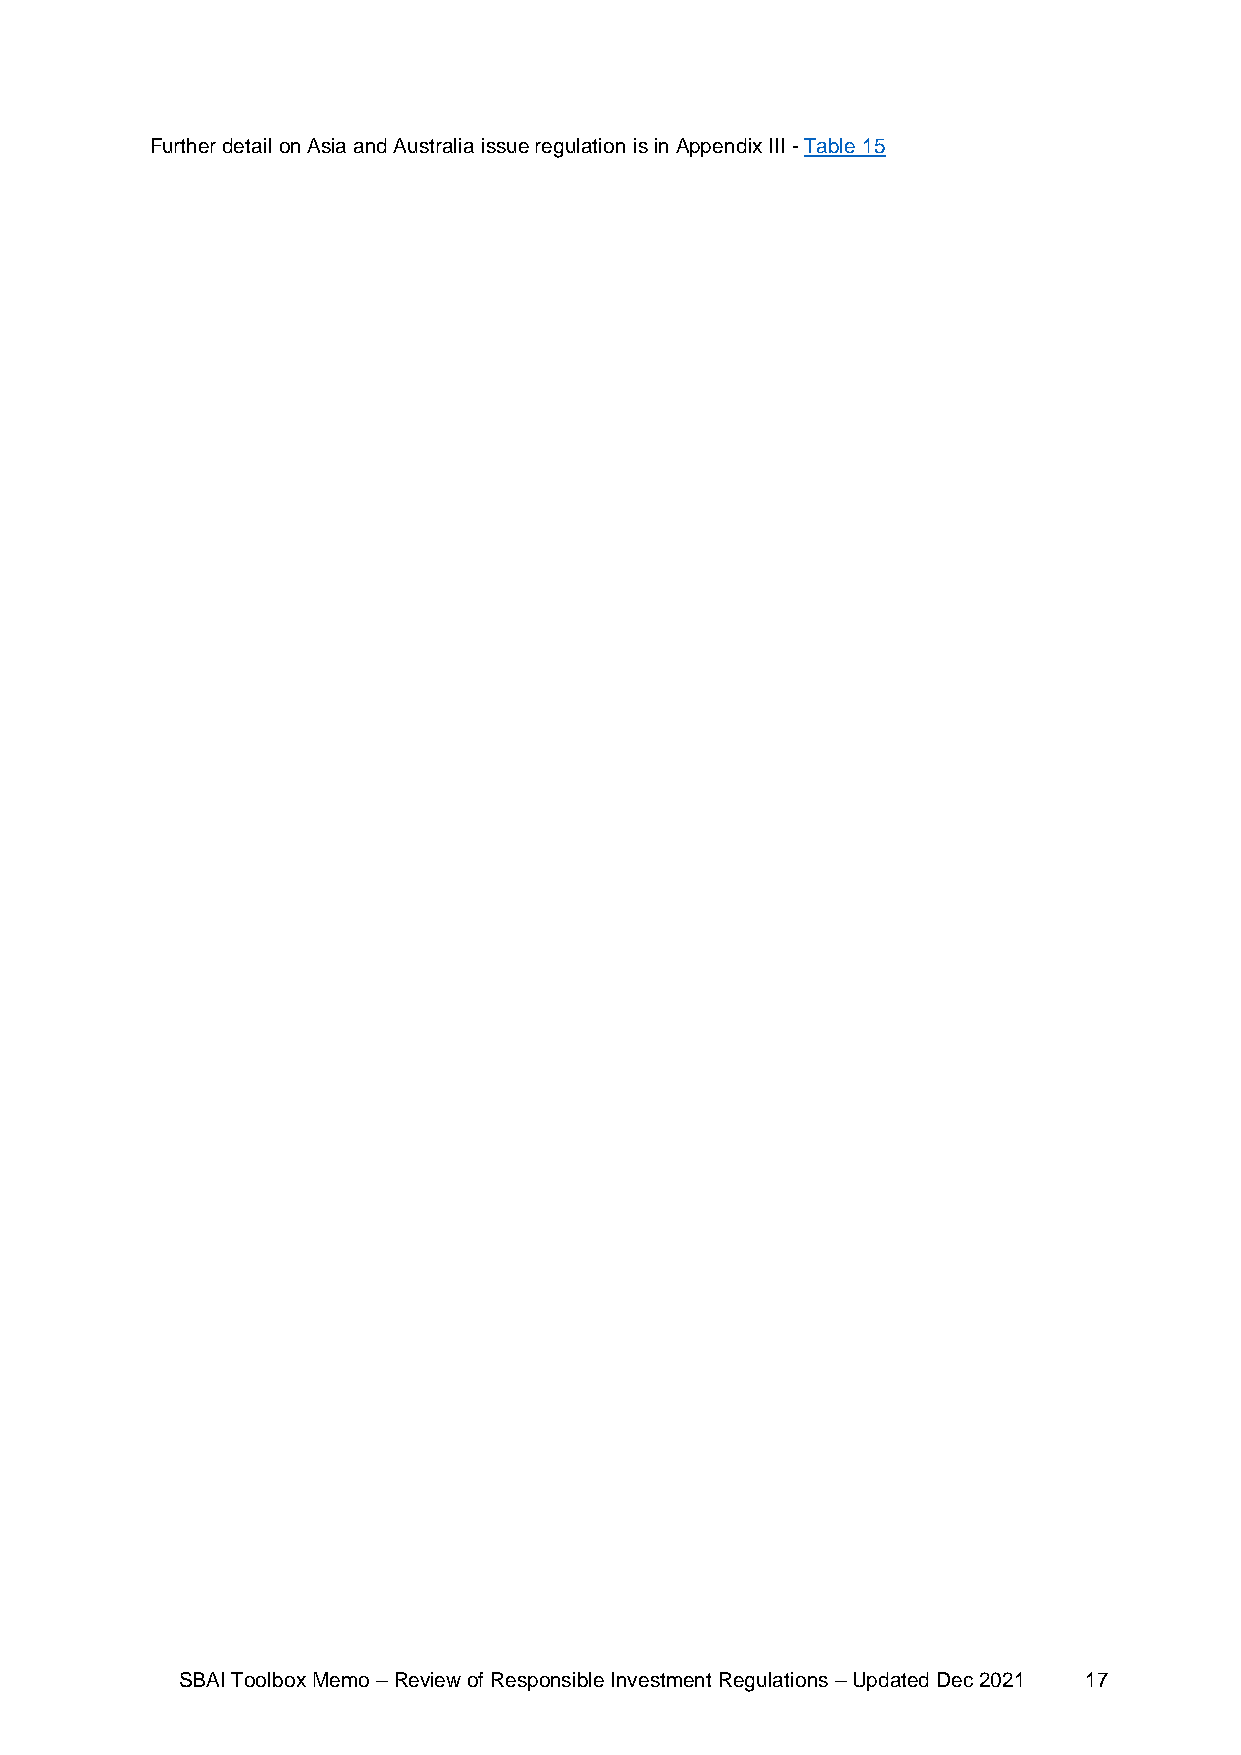
Further detail on Asia and Australia issue regulation is in Appendix III - Table 15
 SBAI Toolbox Memo – Review of Responsible Investment Regulations – Updated Dec 2021 17